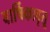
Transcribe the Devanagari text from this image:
वार्षिकावृतू